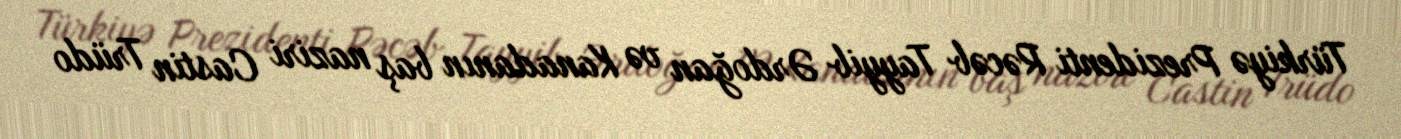
Türkiyə Prezidenti Rəcəb Tayyib Ərdoğan və Kanadanın baş naziri Castin Trüdo